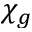
\chi _ { g }